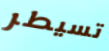
تسيطر